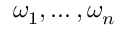
\omega _ { 1 } , \ldots , \omega _ { n }